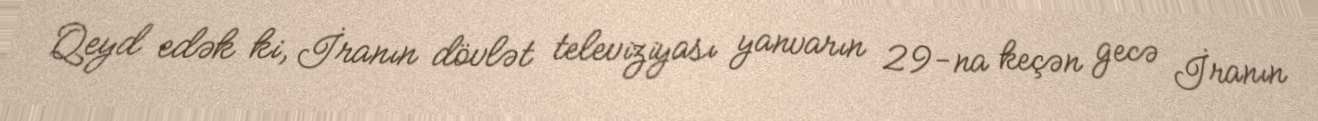
Qeyd edək ki, İranın dövlət televiziyası yanvarın 29-na keçən gecə İranın